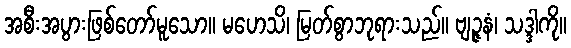
အစီးအပွားဖြစ်တော်မူသော။ မဟေသိ၊ မြတ်စွာဘုရားသည်။ ဗျဉ္ဇနံ၊ သဒ္ဒါကို။